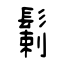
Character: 鬎